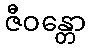
ဇီဝန္တော